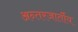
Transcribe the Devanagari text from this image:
अन्तरजार्तीय